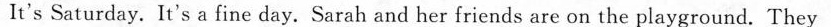
It's Saturday. It's a fine day. Sarab and her friends are on the playground. They